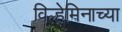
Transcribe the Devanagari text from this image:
विल्हेमिनाच्या